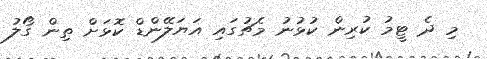
މި ދެ ޓީމު ކުރިން ކުޅުނު މެޗުގައި އަޔަލޭންޑް ކޮޅަށް ތިން ގޯލު